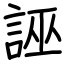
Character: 誣